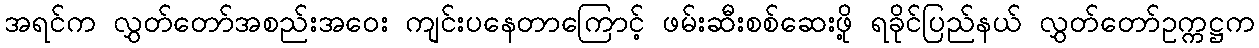
အရင်က လွှတ်တော်အစည်းအဝေး ကျင်းပနေတာကြောင့် ဖမ်းဆီးစစ်ဆေးဖို့ ရခိုင်ပြည်နယ် လွှတ်တော်ဥက္ကဋ္ဌက